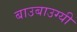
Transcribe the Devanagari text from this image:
बाउबाउग्यी